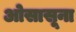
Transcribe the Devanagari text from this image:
ओसासूना